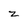
Character: z